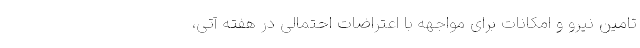
تامین نیرو و امکانات برای مواجهه با اعتراضات احتمالی در هفته آتی،